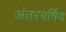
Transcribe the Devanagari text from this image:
अंतरवर्षिय